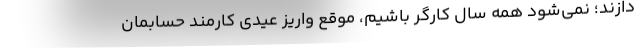
دازند؛ نمی‌شود همه سال کارگر باشیم، موقع واریز عیدی کارمند حسابمان